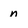
Character: n